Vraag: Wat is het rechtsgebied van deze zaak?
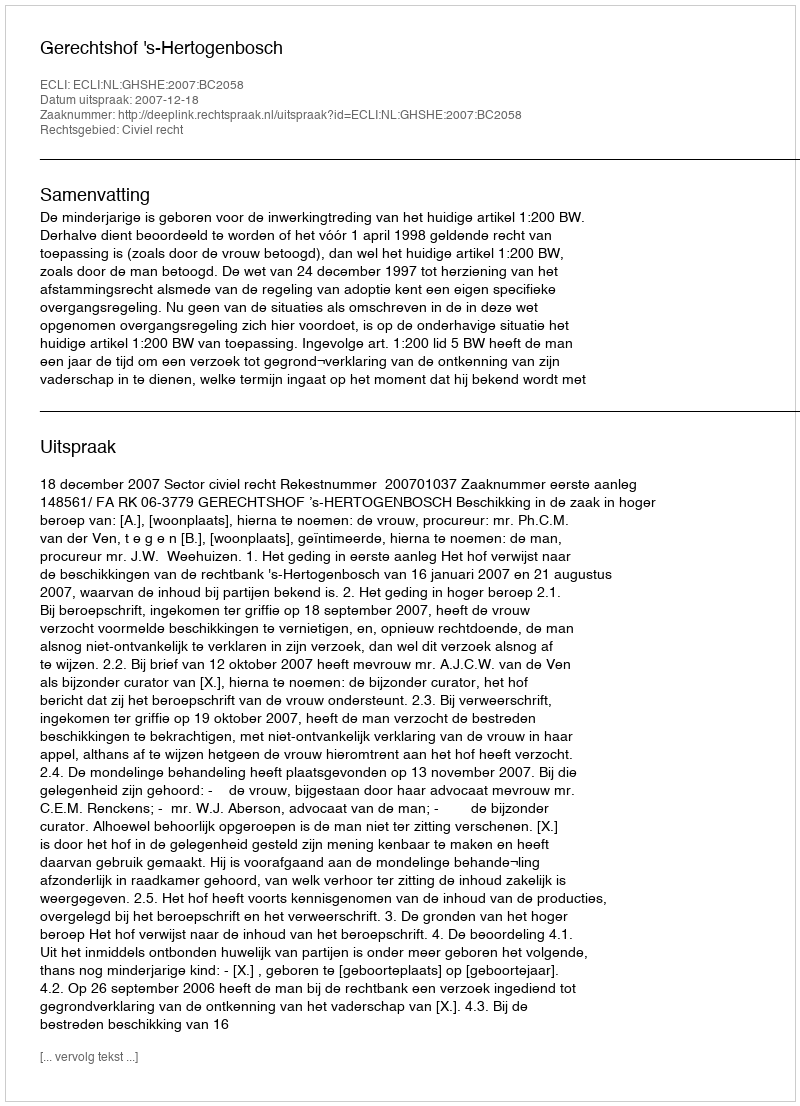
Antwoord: Civiel recht